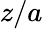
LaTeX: z/a